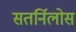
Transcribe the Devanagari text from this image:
सतर्निलोस